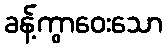
ခန့်ကွာဝေးသော